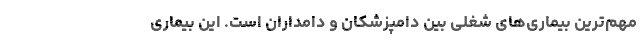
مهم‌ترین بیماری‌های شغلی بین دامپزشکان و دامداران است. این بیماری